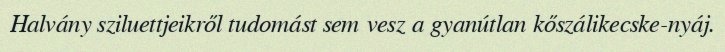
Halvány sziluettjeikről tudomást sem vesz a gyanútlan kőszálikecske-nyáj.